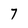
Character: 7